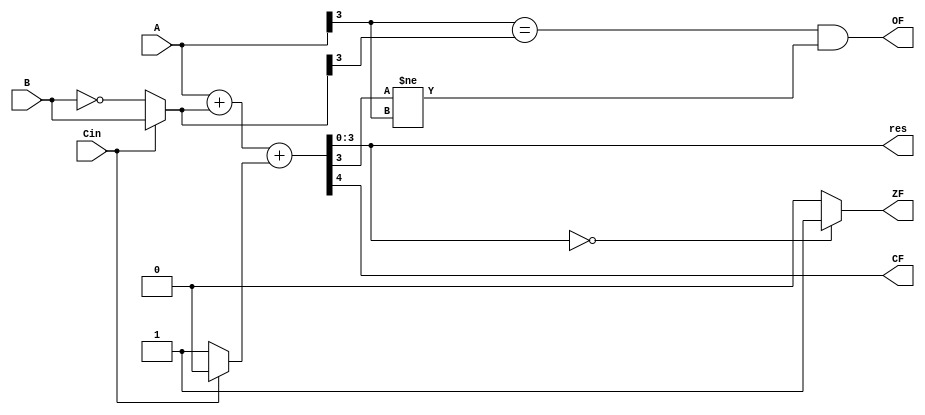
module AF(A,B,Cin,res,CF,OF,ZF);
	input [3:0] A,B;
	input Cin;
	output reg[3:0] res;
	output reg CF,OF,ZF;//carry, overflow, zero
	
	reg [3:0]x;
	reg sign;
	
	always @(*) begin
		if(Cin)
		begin
			x = B;
			sign = 0;
		end
		else 
		begin
			x = (~B);
			sign = 1;
		end
		
		{CF, res} = A + x + sign;
		OF = (A[3]==x[3])&&(res[3]!=A[3]);
		if(res==0) ZF=1;
		else ZF=0;
	end
	
endmodule